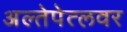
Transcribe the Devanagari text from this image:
अल्तेपेत्लवर